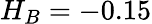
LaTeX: H_{B}=-0.15